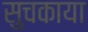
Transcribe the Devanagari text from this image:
सुचकाया